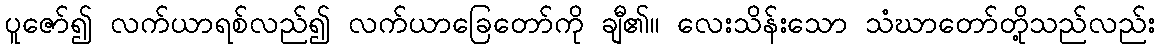
ပူဇော်၍ လက်ယာရစ်လည်၍ လက်ယာခြေတော်ကို ချီ၏။ လေးသိန်းသော သံဃာတော်တို့သည်လည်း